Loodushoiu_ja_Turismi_Instituut, lk 189
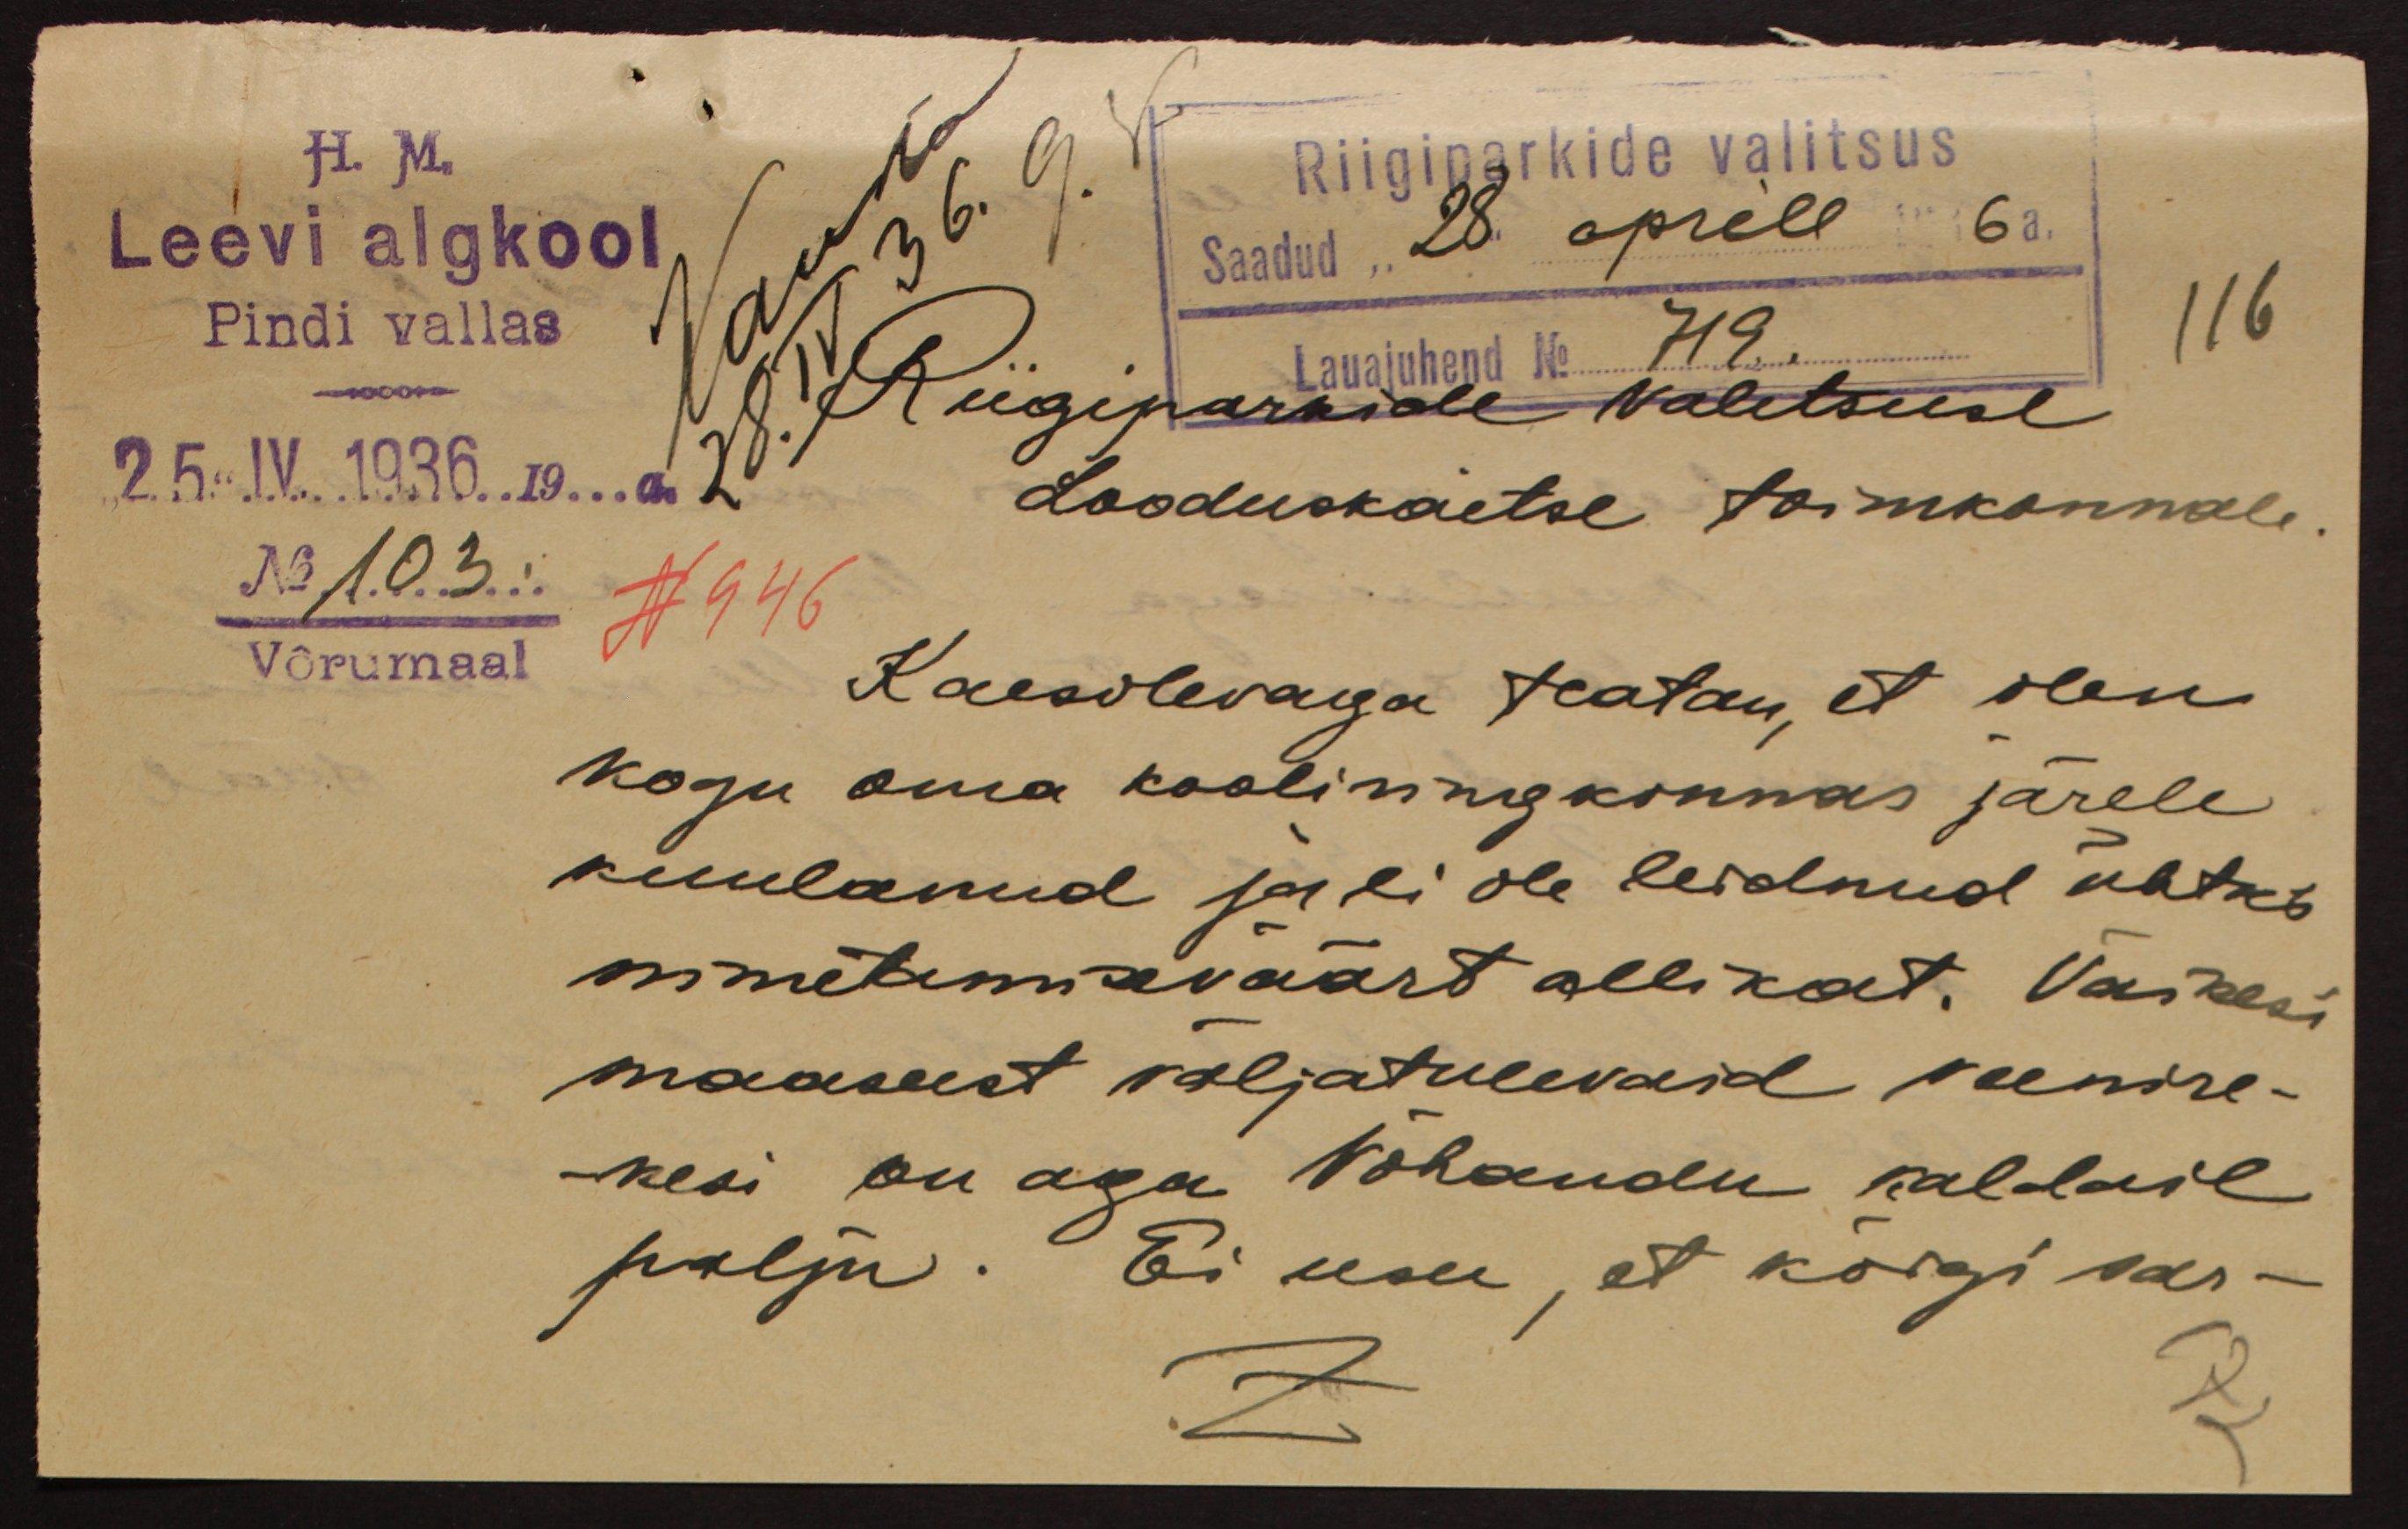
H. M.
Riigiparkide valitsus
Leevi algkool
Saadud 28. aprill 1936a.
Pindi vallas
Lauajuhend No 719.
116
Riigeparkide Valitsuse
25.IV.1936.19. a
Looduskaitse toimkonnale.
No 103
N 946
Võrumaal
Käesolevaga teatan, et olen
kogu oma kooliringkonnas järele
kuulanud ja ei ole leidnud ühtki
nimetamisväärt allikat. Väikesi
maaseest väljatulevaid veenire-
kesi on aga Võhandu kaldail
palju. Ei usu, et kõigi sar-